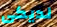
لديكى